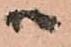
ハ